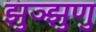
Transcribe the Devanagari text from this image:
झुञ्झुणु